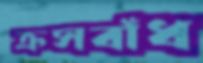
ক্রসবাঁধ